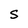
Character: S